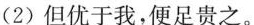
_(2)但优于我，便足贵之。